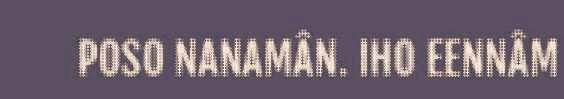
POSO NANAMÂN. IHO EENNÂM